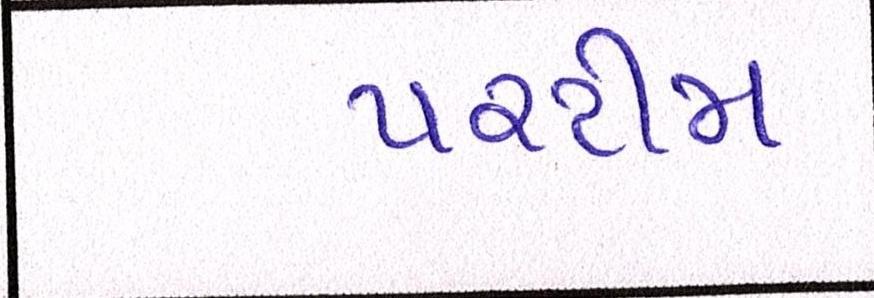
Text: પરટીમ